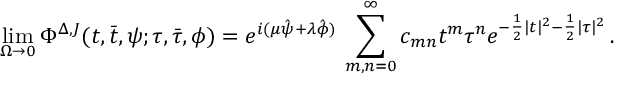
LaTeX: \operatorname * { l i m } _ { \Omega \to 0 } \Phi ^ { \Delta , J } ( t , \bar { t } , \psi ; \tau , \bar { \tau } , \phi ) = e ^ { i ( \mu \hat { \psi } + \lambda \hat { \phi } ) } \, \sum _ { m , n = 0 } ^ { \infty } c _ { m n } t ^ { m } \tau ^ { n } e ^ { - \frac { 1 } { 2 } | t | ^ { 2 } - \frac { 1 } { 2 } | \tau | ^ { 2 } } \, .